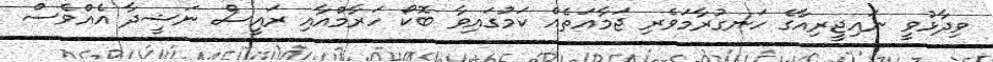
ވިދާޅުވީ ނައިޖީރިއާގެ ހަނގުރާމަވެރި ޖަމާއަތެއް ކަމުގައިވާ ބޮކޯ ހަރާމްއާއި ރައީސް ނަޝީދާ އެއްވެސް